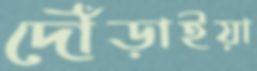
দৌঁড়াইয়া